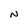
Character: N